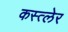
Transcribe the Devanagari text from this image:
कस्त्लेर